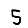
Digit: 5